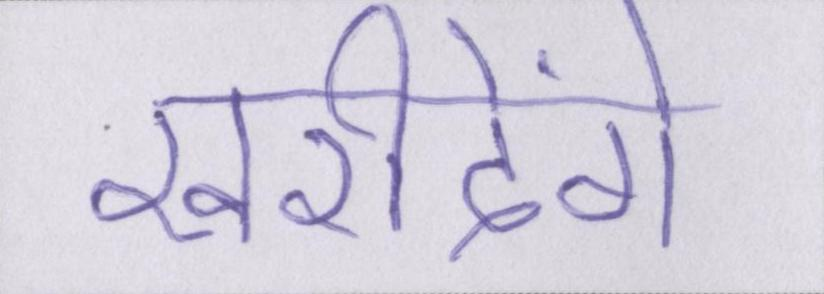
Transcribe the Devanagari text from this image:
खरीदेंगे